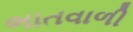
ભાતવાળી